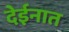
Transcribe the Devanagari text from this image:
देईनात